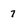
Character: 7